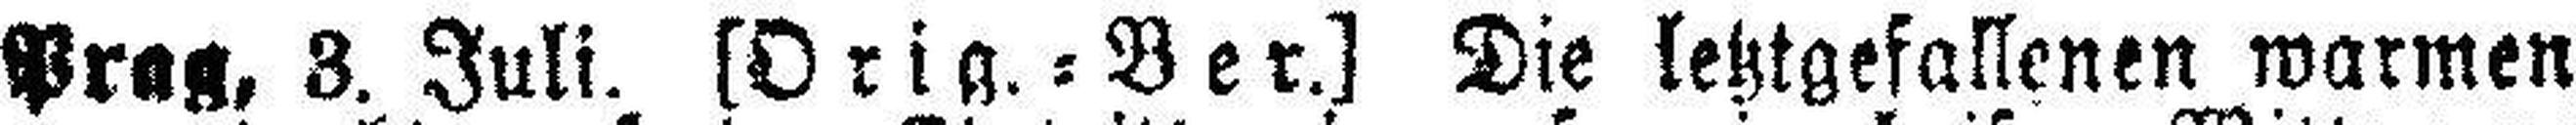
Prag, 3. Juli. [Orig. = Ber.] Die letztgefallenen warmen